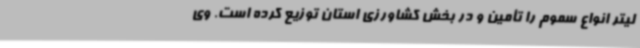
لیتر انواع سموم را تأمین و در بخش کشاورزی استان توزیع کرده است. وی